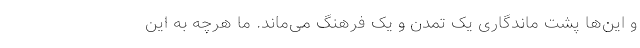
و این‌ها پشت ماندگاری یک‌ تمدن و یک فرهنگ می‌ماند. ما هرچه به این